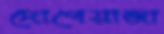
দোপেয়াজা